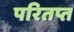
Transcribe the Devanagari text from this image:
परितप्त